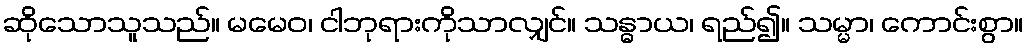
ဆိုသောသူသည်။ မမေဝ၊ ငါဘုရားကိုသာလျှင်။ သန္ဓာယ၊ ရည်၍။ သမ္မာ၊ ကောင်းစွာ။